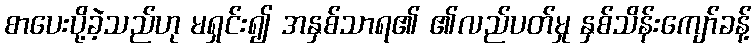
စာပေးပို့ခဲ့သည်ဟု မရှင်း၍ အနှစ်သာရ၏ ၏လည်ပတ်မှု နှစ်သိန်းကျော်ခန့်